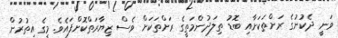
ވަނީ ދެކުނުގެ ރަށްތަކަށާއި ބޮޑު ތިލަދުންމަތީގެ ރަށްތަކަށް ވެސް ޒިޔާރަތްކޮށްފައެވެ. މީގެ އިތުރުން